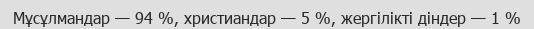
Мұсұлмандар — 94 %, христиандар — 5 %, жергілікті діндер — 1 %